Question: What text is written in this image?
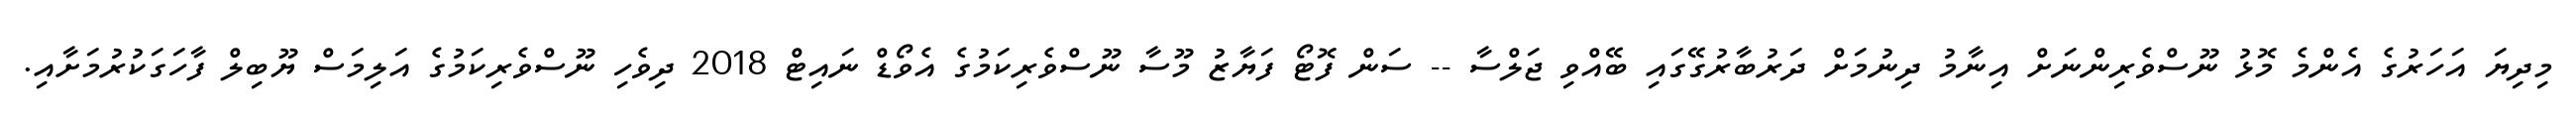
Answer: މިދިޔަ އަހަރުގެ އެންމެ މޮޅު ނޫސްވެރިންނަށް އިނާމު ދިނުމަށް ދަރުބާރުގޭގައި ބޭއްވި ޖަލްސާ -- ސަން ފޮޓޯ ފަޔާޒު މޫސާ ނޫސްވެރިކަމުގެ އެވޯޑް ނައިޓް 2018 ދިވެހި ނޫސްވެރިކަމުގެ އަލިމަސް ޔޫބިލް ފާހަގަކުރުމަށާއި.